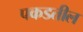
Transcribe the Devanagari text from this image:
पकडतील